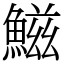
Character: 鰦